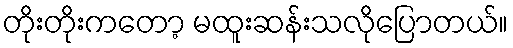
တိုးတိုးကတော့ မထူးဆန်းသလိုပြောတယ်။